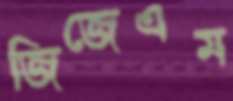
জিজেএম